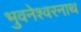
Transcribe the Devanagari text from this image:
भुवनेश्‍वरनाथ